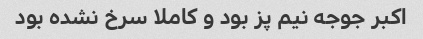
اکبر جوجه نیم پز بود و کاملا سرخ نشده بود